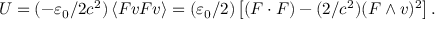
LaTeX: U = ( - \varepsilon _ { 0 } / 2 c ^ { 2 } ) \left\langle F v F v \right\rangle = ( \varepsilon _ { 0 } / 2 ) \left[ ( F \cdot F ) - ( 2 / c ^ { 2 } ) ( F \wedge v ) ^ { 2 } \right] .